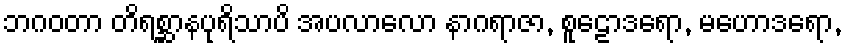
ဘဂဝတာ တိရစ္ဆာနပုရိသာပိ အပလာလော နာဂရာဇာ, စူဠောဒရော, မဟောဒရော,